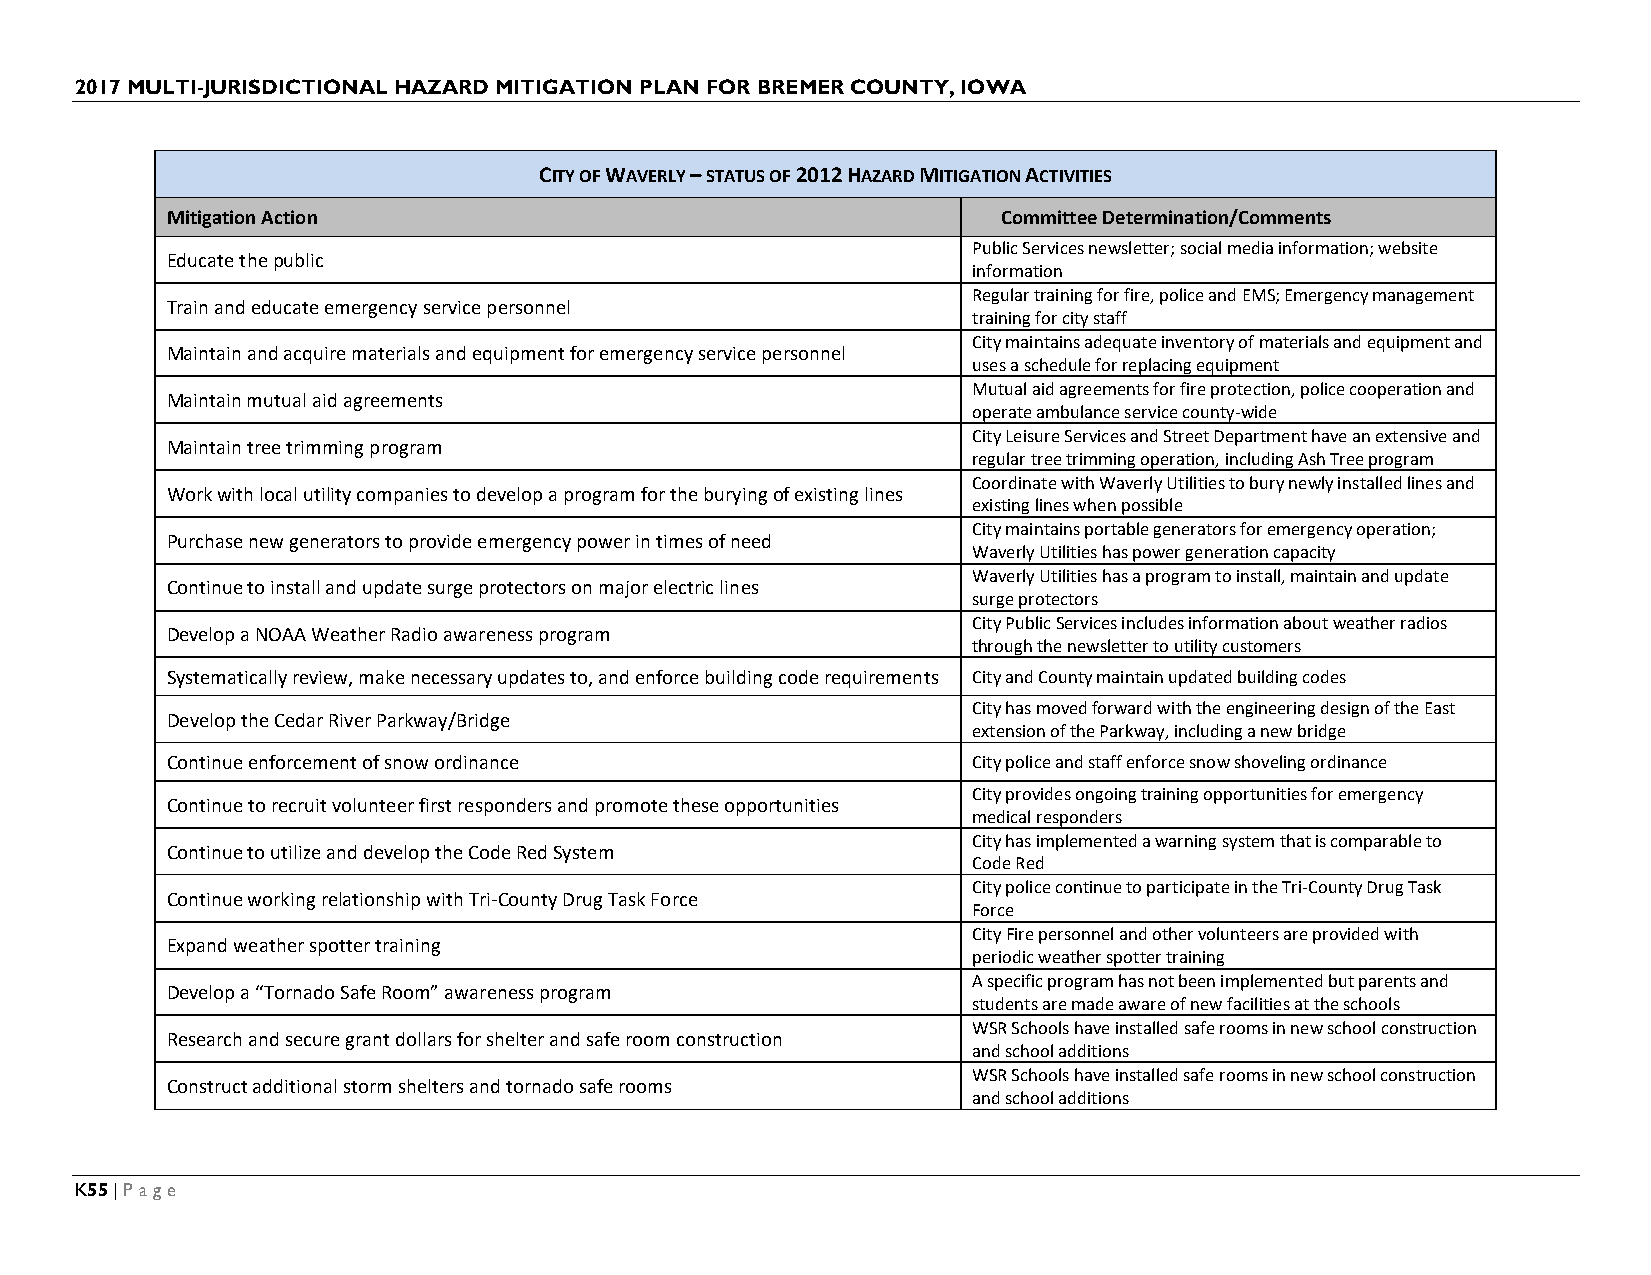
2017 MULTI-JURISDICTIONAL HAZARD MITIGATION PLAN FOR BREMER COUNTY, IOWA
 CITY OF WAVERLY – STATUS OF 2012 HAZARD MITIGATION ACTIVITIES
 Mitigation Action                                      Committee Determination/Comments
 Public Services newsletter; social media information; website
 Educate the public
 information
 Regular training for fire, police and EMS; Emergency management
 Train and educate emergency service personnel
 training for city staff
 City maintains adequate inventory of materials and equipment and
 Maintain and acquire materials and equipment for emergency service personnel
 uses a schedule for replacing equipment
 Mutual aid agreements for fire protection, police cooperation and
 Maintain mutual aid agreements
 operate ambulance service county-wide
 City Leisure Services and Street Department have an extensive and
 Maintain tree trimming program
 regular tree trimming operation, including Ash Tree program
 Coordinate with Waverly Utilities to bury newly installed lines and
 Work with local utility companies to develop a program for the burying of existing lines
 existing lines when possible
 City maintains portable generators for emergency operation;
 Purchase new generators to provide emergency power in times of need
 Waverly Utilities has power generation capacity
 Waverly Utilities has a program to install, maintain and update
 Continue to install and update surge protectors on major electric lines
 surge protectors
 City Public Services includes information about weather radios
 Develop a NOAA Weather Radio awareness program
 through the newsletter to utility customers
 Systematically review, make necessary updates to, and enforce building code requirements City and County maintain updated building codes
 City has moved forward with the engineering design of the East
 Develop the Cedar River Parkway/Bridge
 extension of the Parkway, including a new bridge
 Continue enforcement of snow ordinance               City police and staff enforce snow shoveling ordinance
 City provides ongoing training opportunities for emergency
 Continue to recruit volunteer first responders and promote these opportunities
 medical responders
 City has implemented a warning system that is comparable to
 Continue to utilize and develop the Code Red System
 Code Red
 City police continue to participate in the Tri-County Drug Task
 Continue working relationship with Tri-County Drug Task Force
 Force
 City Fire personnel and other volunteers are provided with
 Expand weather spotter training
 periodic weather spotter training
 A specific program has not been implemented but parents and
 Develop a “Tornado Safe Room” awareness program
 students are made aware of new facilities at the schools
 WSR Schools have installed safe rooms in new school construction
 Research and secure grant dollars for shelter and safe room construction
 and school additions
 WSR Schools have installed safe rooms in new school construction
 Construct additional storm shelters and tornado safe rooms
 and school additions
 K55 | Page